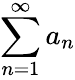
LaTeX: \displaystyle\sum_{n=1}^{\infty}a_{n}